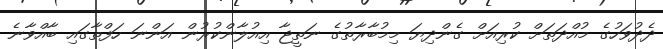
ދެދުވަހުގެ މުއްދަތަށް ކުރިއަށް ގެންދިޔަ މިމުބާރާތުގެ ނަތީޖާ އިއުލާންކުރުން އަންނަ ހަފްތާގައި ބާއްވާނެ